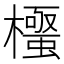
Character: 𭬛